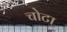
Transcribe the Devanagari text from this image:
चोटा